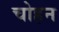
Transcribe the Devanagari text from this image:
चोहन